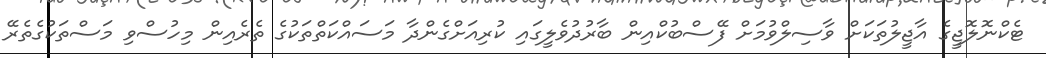
ޓެކްނޮލޮޖީގެ އާޖީލުތަކަށް ވާސިލްވުމަށް ފޭސްބުކްއިން ބާރުދުވެލީގައި ކުރިއަށްގެންދާ މަސައްކަތްތަކުގެ ތެރެއިން މިހުސްވި މަސްތަކުގެތެރޭ